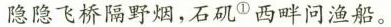
隐隐飞桥隔野烟，石矶①西畔问渔船。